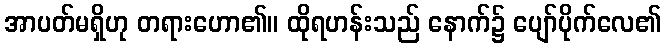
အာပတ်မရှိဟု တရားဟော၏။ ထိုရဟန်းသည် နောက်၌ ပျော်ပိုက်လေ၏